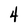
Character: 4